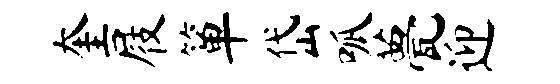
奎屐箪岱呱甍迎